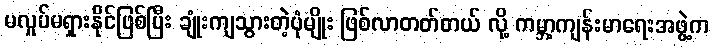
မလှုပ်မရှားနိုင်ဖြစ်ပြီး ချုံးကျသွားတဲ့ပုံမျိုး ဖြစ်လာတတ်တယ် လို့ ကမ္ဘာ့ကျန်းမာရေးအဖွဲ့က